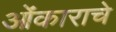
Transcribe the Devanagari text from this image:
ओंकाराचे